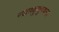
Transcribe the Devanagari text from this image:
न्यायकुमुदचन्द्र